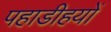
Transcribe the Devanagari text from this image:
पहाडीहयों